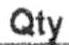
QTY